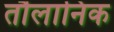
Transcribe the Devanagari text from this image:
तौलानिक